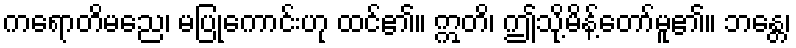
ကရောတိမညေ၊ မပြုကောင်းဟု ထင်၏။ ဣတိ၊ ဤသို့မိန့်တော်မူ၏။ ဘန္တေ၊